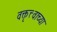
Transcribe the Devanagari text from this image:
वक्तृत्त्वाच्या